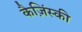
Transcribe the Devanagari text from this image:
कैज़िंस्की